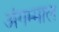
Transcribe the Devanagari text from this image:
अंगम्माल